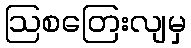
ဩစတြေးလျမှ